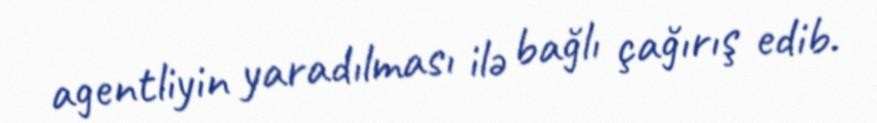
agentliyin yaradılması ilə bağlı çağırış edib.